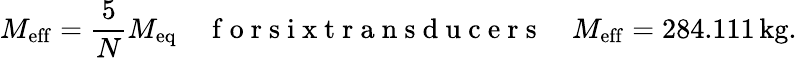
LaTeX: M_{\mathrm{eff}}=\frac 5NM_{\mathrm{eq}}\quad\mathrm{~f~o~r~s~i~x~t~r~a~n~s~d~u~c~e~r~s~}\quad M_{\mathrm{eff}}=284.111\, \mathrm{kg}.